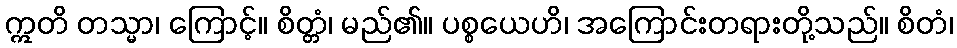
ဣတိ တသ္မာ၊ ကြောင့်။ စိတ္တံ၊ မည်၏။ ပစ္စယေဟိ၊ အကြောင်းတရားတို့သည်။ စိတံ၊